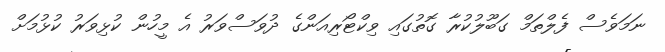
ނަމަވެސް ފެލްތަމް ގަބޫލުކުރާ ގޮތުގައި ވިކްޓޯރިއަންގެ ދުވަސްވަރު އެ މީހުން ކުޅިވަރު ކުޅުމަށް